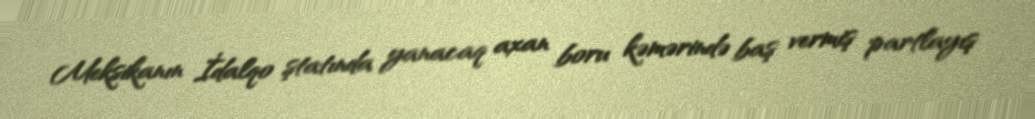
Meksikanın İdalqo ştatında yanacaq axan boru kəmərində baş vermiş partlayış